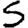
Digit: 5